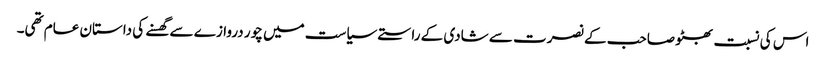
اس کی نسبت بھٹو صاحب کے نصرت سے شادی کے راستے سیاست میں چور دروازے سے گھسنے کی داستان عام تھی۔